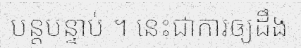
បន្តបន្ទាប់ ។ នេះជាការឲ្យដឹង